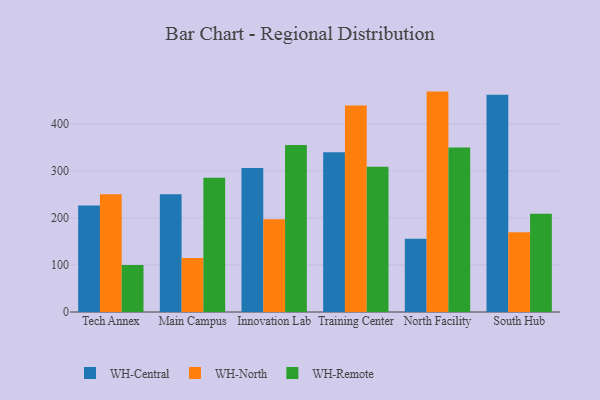
{"axis": {"x": "Campus", "y": "Net Income (USD K)"}, "legend": ["WH-Central", "WH-North", "WH-Remote"], "data": [{"x": "Tech Annex", "y": 226.5, "type": "WH-Central"}, {"x": "Tech Annex", "y": 250.5, "type": "WH-North"}, {"x": "Tech Annex", "y": 99.7, "type": "WH-Remote"}, {"x": "Main Campus", "y": 250.3, "type": "WH-Central"}, {"x": "Main Campus", "y": 114.7, "type": "WH-North"}, {"x": "Main Campus", "y": 285.3, "type": "WH-Remote"}, {"x": "Innovation Lab", "y": 306.3, "type": "WH-Central"}, {"x": "Innovation Lab", "y": 197.5, "type": "WH-North"}, {"x": "Innovation Lab", "y": 355.0, "type": "WH-Remote"}, {"x": "Training Center", "y": 339.8, "type": "WH-Central"}, {"x": "Training Center", "y": 439.4, "type": "WH-North"}, {"x": "Training Center", "y": 308.7, "type": "WH-Remote"}, {"x": "North Facility", "y": 155.9, "type": "WH-Central"}, {"x": "North Facility", "y": 468.7, "type": "WH-North"}, {"x": "North Facility", "y": 349.6, "type": "WH-Remote"}, {"x": "South Hub", "y": 462.1, "type": "WH-Central"}, {"x": "South Hub", "y": 169.4, "type": "WH-North"}, {"x": "South Hub", "y": 209.1, "type": "WH-Remote"}]}